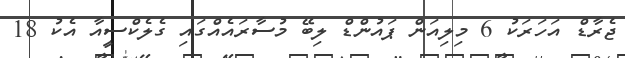
ޖެރާޑް އަހަރަކު 6 މިލިއަން ޕައުންޑް ލިބޭ މުސާރައެއްގައި ގެލެކްސީއާ އެކު 18